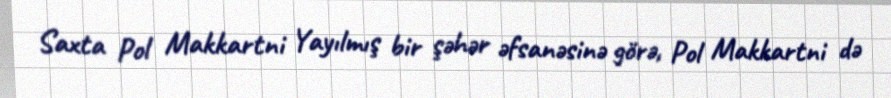
Saxta Pol Makkartni Yayılmış bir şəhər əfsanəsinə görə, Pol Makkartni də